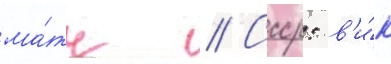
ма́тч // Ссср: в'и́к